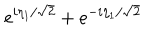
e ^ { i \eta _ { 1 } / \sqrt { 2 } } + e ^ { - i \eta _ { 1 } / \sqrt { 2 } }